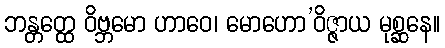
ဘန္တတ္ထေ ဝိဗ္ဘမော ဟာဝေ၊ မောဟော’ဝိဇ္ဇာယ မုစ္ဆနေ။